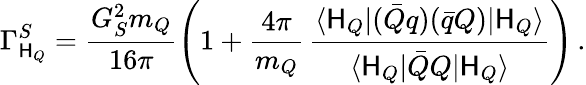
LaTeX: \Gamma_{\mathsf{H}_{Q}}^{S}=\frac{{G_{S}^{2}m_{Q}}}{{16\pi}}\left(1+\frac{{4\pi}}{{m_{Q}}}\, \frac{{\langle\mathsf{H}_{Q}|(\bar{{Q}}q)(\bar{{q}}Q)|\mathsf{H}_{Q}\rangle}}{{\langle\mathsf{H}_{Q}|\bar{{Q}}Q|\mathsf{H}_{Q}\rangle}}\right)\, .